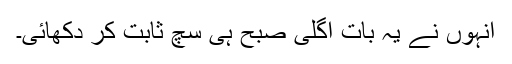
انہوں نے یہ بات اگلی صبح ہی سچ ثابت کر دکھائی۔